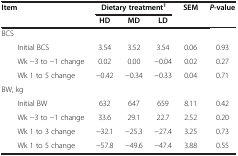
<table><thead><tr><td rowspan="2"><b>Item</b></td><td colspan="3"><b>Dietary treatment<sup>1</sup></b></td><td rowspan="2"><b>SEM</b></td><td rowspan="2"><b><i>P</i>-value</b></td></tr><tr><td><b>HD</b></td><td><b>MD</b></td><td><b>LD</b></td></tr></thead><tbody><tr><td colspan="6">BCS</td></tr><tr><td>Initial BCS</td><td>3.54</td><td>3.52</td><td>3.54</td><td>0.06</td><td>0.93</td></tr><tr><td>Wk −3 to −1 change</td><td>0.02</td><td>0.00</td><td>−0.04</td><td>0.02</td><td>0.27</td></tr><tr><td>Wk 1 to 5 change</td><td>−0.42</td><td>−0.34</td><td>−0.33</td><td>0.04</td><td>0.71</td></tr><tr><td colspan="6">BW, kg</td></tr><tr><td>Initial BW</td><td>632</td><td>647</td><td>659</td><td>8.11</td><td>0.42</td></tr><tr><td>Wk −3 to −1 change</td><td>33.6</td><td>29.1</td><td>22.7</td><td>2.52</td><td>0.20</td></tr><tr><td>Wk 1 to 3 change</td><td>−32.1</td><td>−25.3</td><td>−27.4</td><td>3.25</td><td>0.73</td></tr><tr><td>Wk 1 to 5 change</td><td>−57.8</td><td>−49.6</td><td>−47.4</td><td>3.88</td><td>0.55</td></tr></tbody></table>